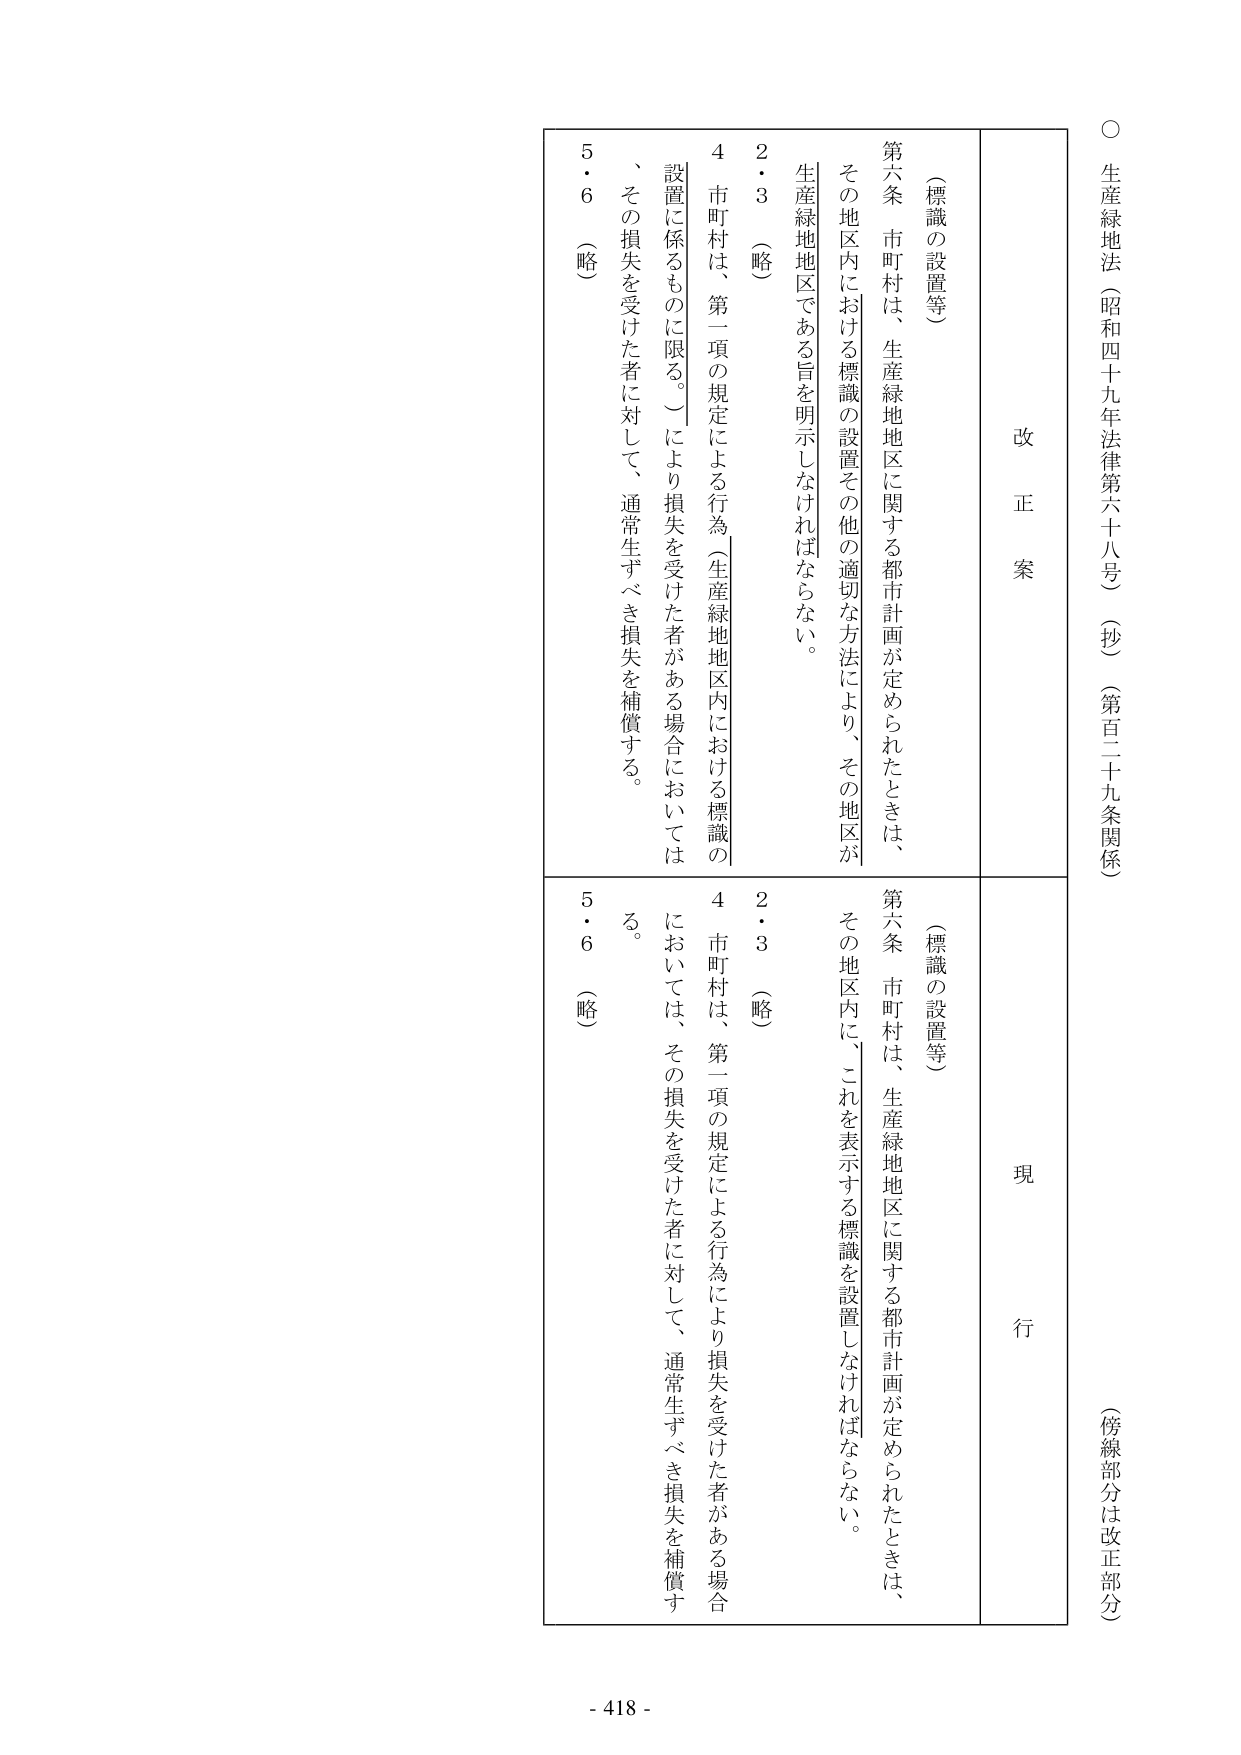
○ 生産緑地法（昭和四十九年法律第六十八号）（抄）（第百二十九条関係）
（傍線部分は改正部分）

改 正 案

（標識の設置等）

第六条 市町村は、生産緑地地区に関する都市計画が定められたときは、
その地区内における標識の設置その他の適切な方法により、その地区が
生産緑地地区である旨を明示しなければならない。
2・3 （略）
4 市町村は、第一項の規定による行為（生産緑地地区内における標識の
設置に係るものに限る。）により損失を受けた者がある場合においては
、その損失を受けた者に対して、通常生ずべき損失を補償する。
5・6 （略）

現 行

（標識の設置等）

第六条 市町村は、生産緑地地区に関する都市計画が定められたときは、
その地区内に、これを表示する標識を設置しなければならない。
2・3 （略）
4 市町村は、第一項の規定による行為により損失を受けた者がある場合
においては、その損失を受けた者に対して、通常生ずべき損失を補償す
る。
5・6 （略）

- 418 -